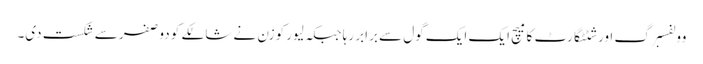
وولفسبرگ اور شٹٹگارٹ کا میچ ایک ایک گول سے برابر رہا جبکہ لیور کوزن نے شالکے کو دو صفر سے شکست دی۔